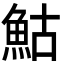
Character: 鮕